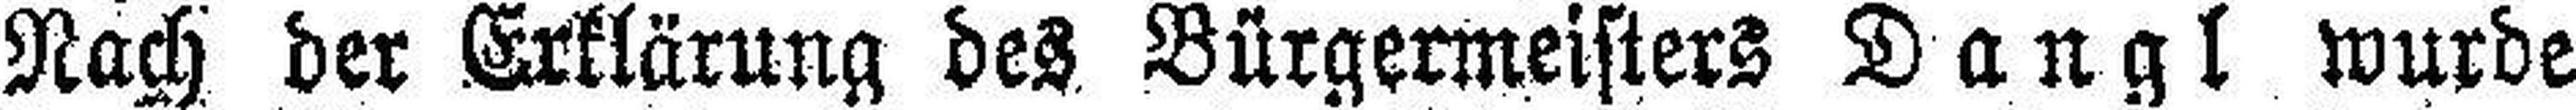
Nach der Erklärung des Bürgermeisters Dangl wurde